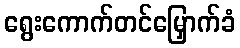
ရွေးကောက်တင်မြှောက်ခံ